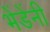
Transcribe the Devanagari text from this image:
भेंडेंनी